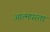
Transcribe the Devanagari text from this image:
आत्मपरता